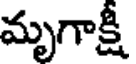
మృగాక్షీ